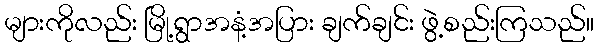
များကိုလည်း မြို့ရွာအနံ့အပြား ချက်ချင်း ဖွဲ့စည်းကြသည်။